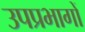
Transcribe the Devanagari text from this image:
उपप्रभागों